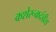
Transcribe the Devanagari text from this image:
कशेरूकदंडीय